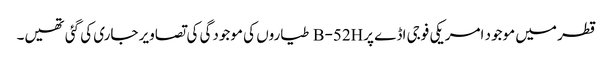
قطر میں موجود امریکی فوجی اڈے پرB-52H طیاروں کی موجودگی کی تصاویر جاری کی گئی تھیں۔